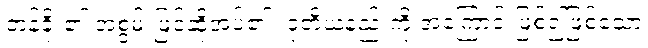
တန်ခိုး၏ အစွမ်းဖြင့်ဆိုအပ်၏။ ဒုတိယနည်းကို အကြောင်းဖြစ်၍ဖြစ်သော